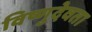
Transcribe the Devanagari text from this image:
विष्णुदेवता